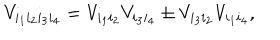
LaTeX: V _ { i _ { 1 } i _ { 2 } i _ { 3 } i _ { 4 } } = V _ { i _ { 1 } i _ { 2 } } V _ { i _ { 3 } i _ { 4 } } \pm V _ { i _ { 3 } i _ { 2 } } V _ { i _ { 1 } i _ { 4 } } ,